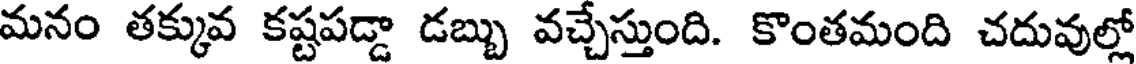
మనం తక్కువ కష్టపడ్డా డబ్బు వచ్చేస్తుంది. కొంతమంది చదువుల్లో